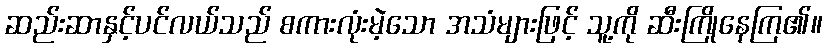
ဆည်းဆာနှင့်ပင်လယ်သည် စကားလုံးမဲ့သော အသံများဖြင့် သူ့ကို ဆီးကြိုနေကြ၏။